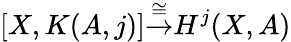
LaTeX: [X,K(A,j)]{\stackrel{\cong}{\to}}H^{j}(X,A)